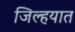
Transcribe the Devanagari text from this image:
जिल्‍हयात